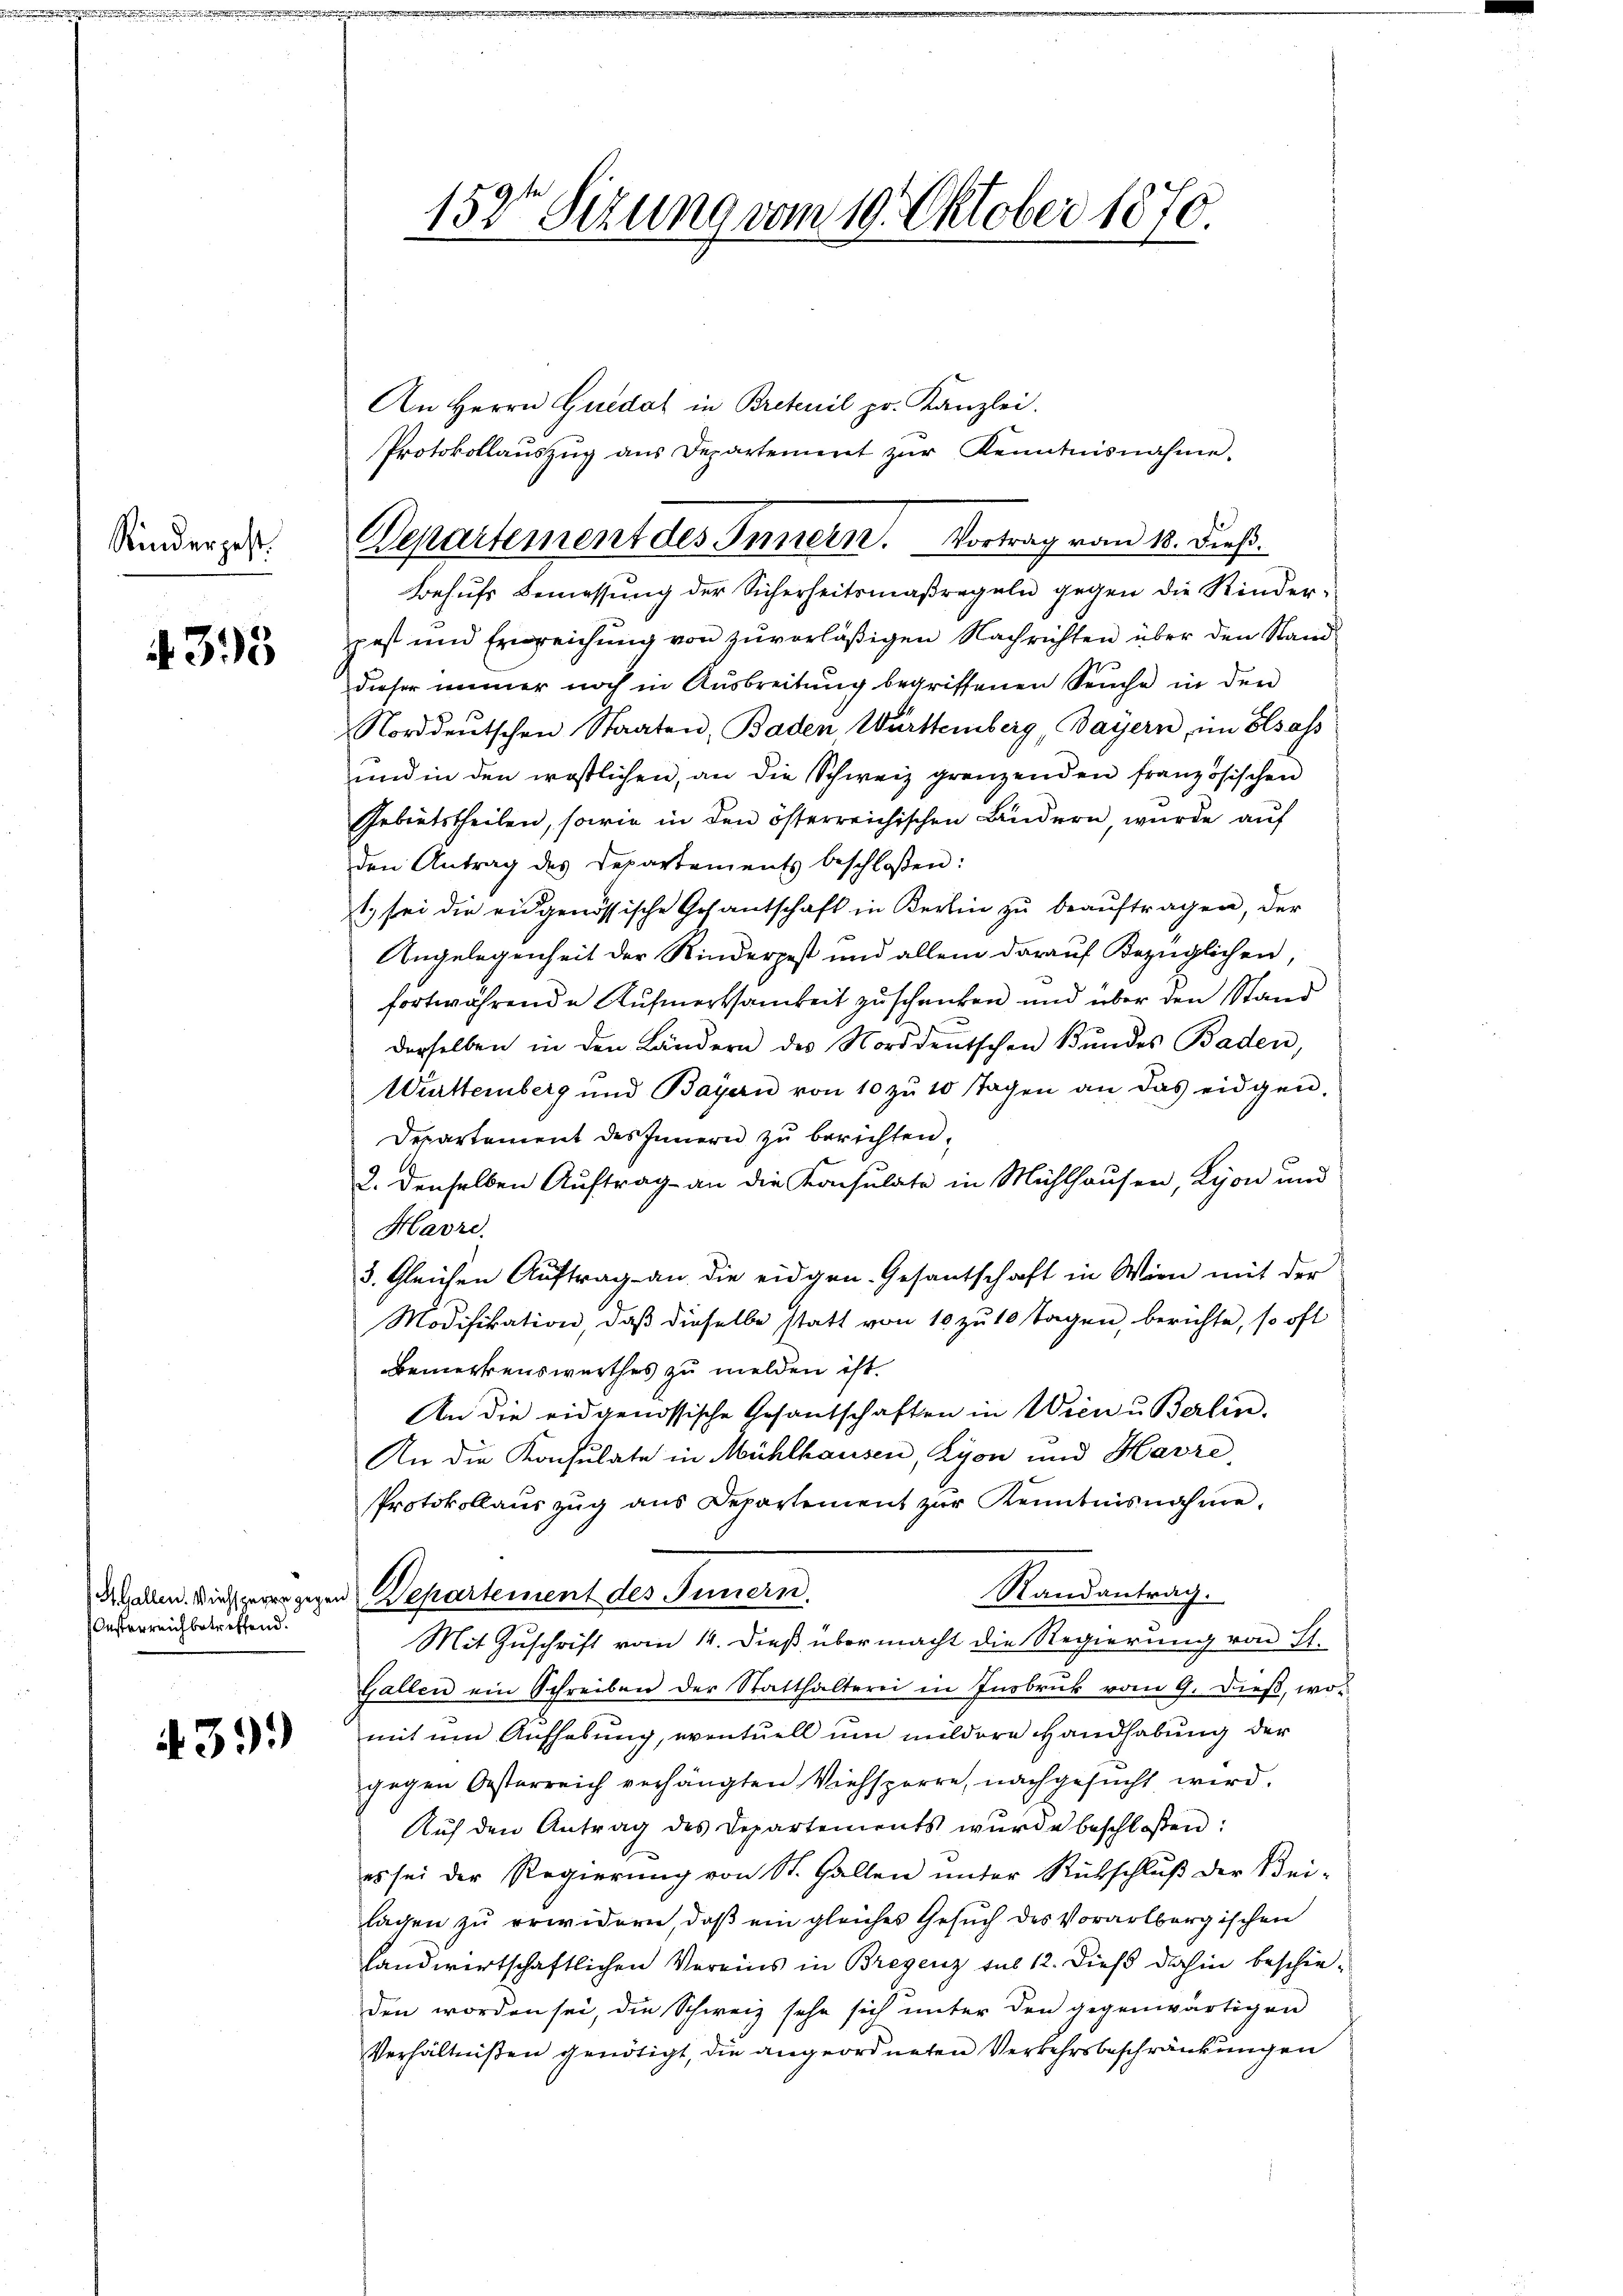
Kindergest.

393

Oesterreich betreffend.

39.)

Departement des Innern. Vortrag vom 18. dieß.

158te Sitzung vom 19. Oktober 1870.

An Herrn Guedat in Bretenil pr. Kanzlei.
Protokollaŭszŭg aŭs Departement zŭr Kenntnisnahme.
Behufs Bemessung der Sicherheitsmaßregeln gegen die Kinderpest und Einreichung von zuverläßigen Nachrichten über den Stand
dieser immer noch in Ausbreitung begriffenen Seuche in den
Norddeutschen Staaten, Baden Württemberg, Bayern, im Elsass
und in den westlichen, an die Schweiz grenzenden französischen
Gebietstheilen, sowie in den österreichischen Lindern wurde auf
den Antrag des Departements beschloßen:
1t. sei die eidgenössische Gesantschaft in Kerlin zŭ beaŭftragen, der
Angelegenheit der Kinderpest und allein darauf Bezüglichen,
fortwährende Aufmerksamkeit zuschenken und über den Stand
derselben in den Ländern des Norddeutschen Bundes Baden,
Württemberg und Bayern von 10 zŭ 10 Tagen an das eidgen.
Departement des Innern zu berichten,
2. denselben Auftrag an die Konsulate in Mühlhausen, Lyon und
Havre.
3. Gleichen Auftrag an die eidgen. Gesantschaft in Wien mit der
Modifikation, daß dieselbe statt von 10 zu 10 Tagen, berichte, so oft
Bemerkenswerthes zu melden ist.
An die eidgenössische Gesandschaften in Wien u Berlin.
An die Konsulate in Mühlhausen, Lyon und Havre
Protokollauszug aus Departement zur Kenntnisnahme,
Randantrag.
Hallen. Dieseren gegen Departement des Innern.
Mit Zuschrift vom 14. dieß übermacht die Regierung von St.
Gallen ein Schreiben der Statthalterei in Insbruk vom 9. dieß, wo-
mit um Aufhebung, eventuell um mildere Handhabung der
gegen Osterreich verhängten Viehsperre, nachgesŭcht wird.
Aŭf den Antrag des Departements wŭrde beschlossen:
es sei der Regierung von St. Gallen unter Rückschluß der Bei-
lagen zu erwidern, daß ein gleiches Gesuch des Vorarlbergischen
landwirtschaftlichen Vereins in Bregenz sub 12. Dieß dahin beschieden worden sei, die Schweiz sehe sich unter den gegenwärtigen
Verhältnißen genötigt, die angeordneten Verkehrsbeschränkungen